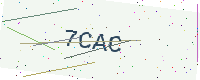
Text: 7CAC